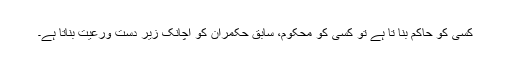
کسی کو حاکم بنا تا ہے تو کسی کو محکوم، سابق حکمران کو اچانک زیر دست ورعیت بناتا ہے۔